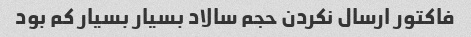
فاکتور ارسال نکردن حجم سالاد بسیار بسیار کم بود